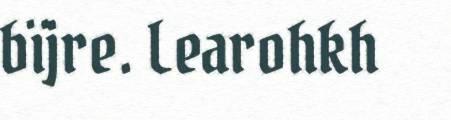
bïjre. Learohkh